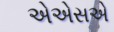
એએસએ